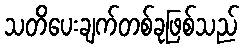
သတိပေးချက်တစ်ခုဖြစ်သည်